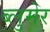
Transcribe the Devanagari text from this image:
ब्लुमेर